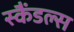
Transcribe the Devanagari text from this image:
स्‍कैंडल्‍स